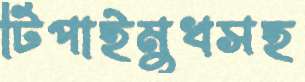
টিপাইমুখসহ